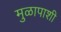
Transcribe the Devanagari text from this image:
मुळापाशी